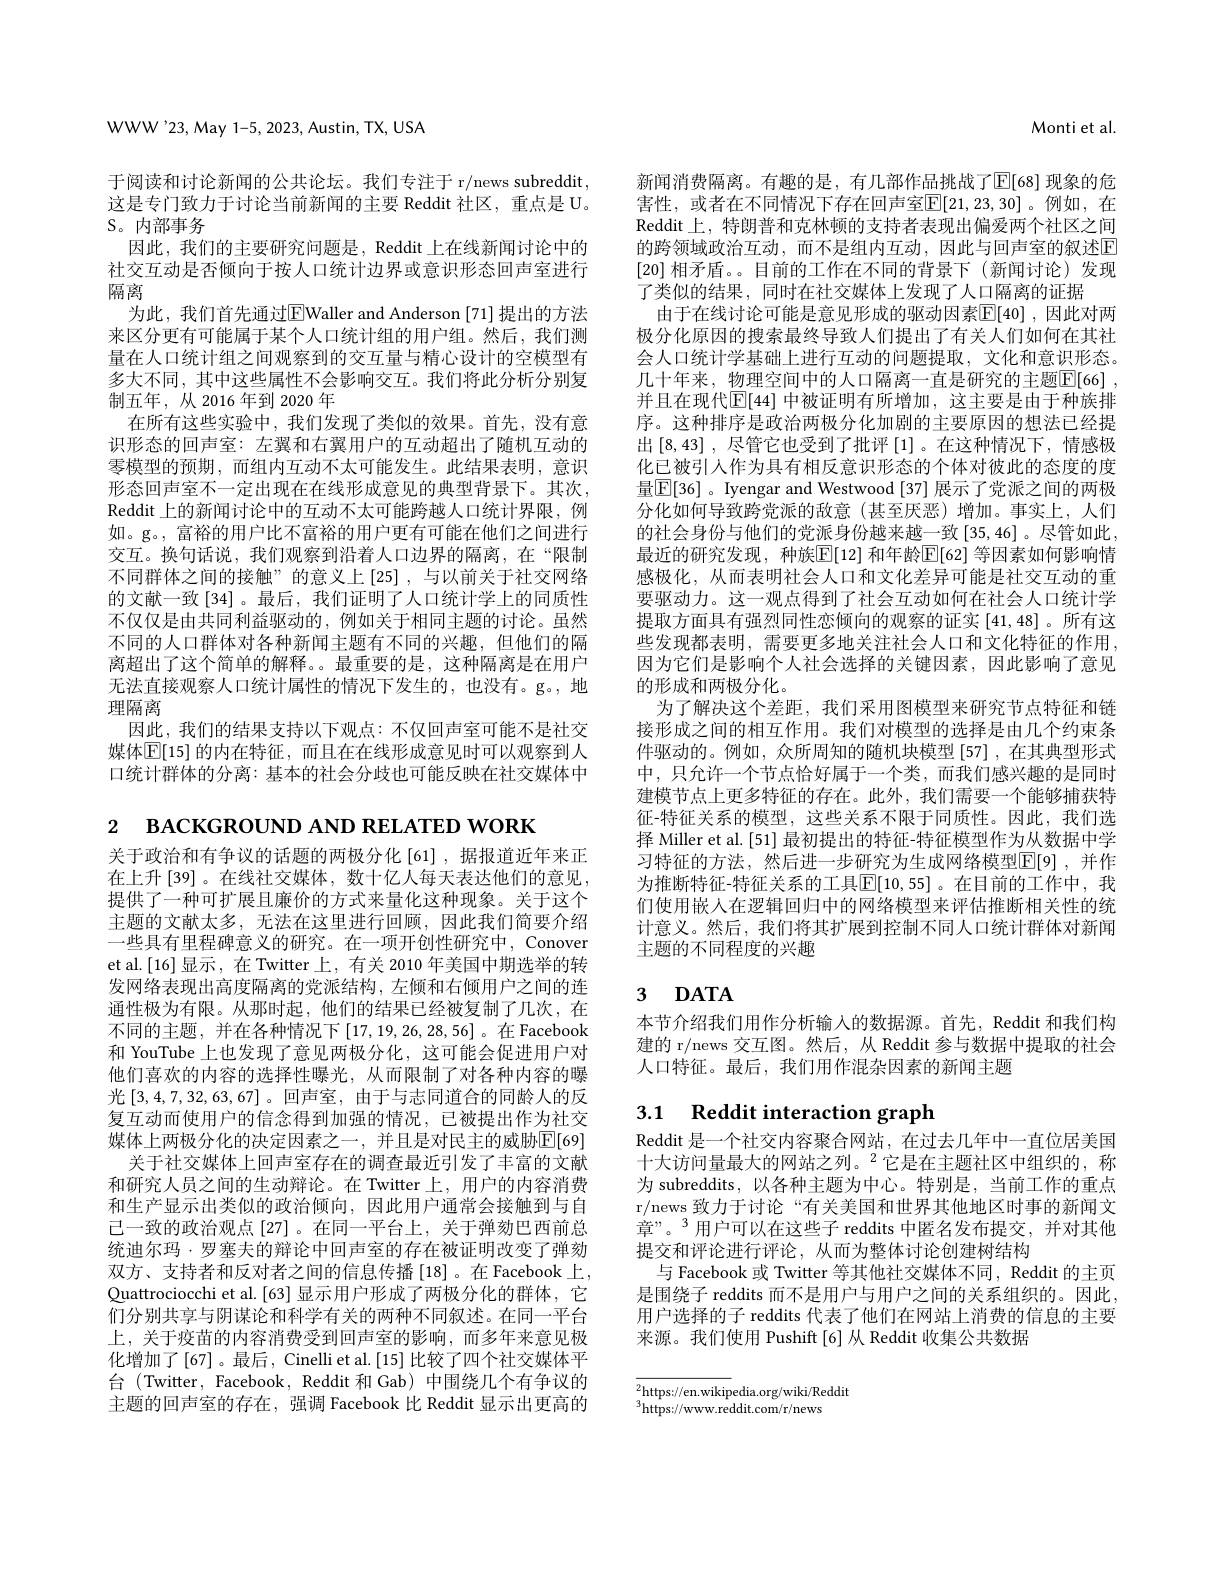
WWW'23,May 1-5, 2023, Austin, TX, USA

于阅读和讨论新闻的公共论坛。我们专注于 r/news subreddit, 这是专门致力于讨论当前新闻的主要 Reddit 社区，重点是 U。

## $S。内部事务$

因此，我们的主要研究问题是，Reddit 上在线新闻讨论中的社交互动是否倾向于按人口统计边界或意识形态回声室进行隔离
为此，我们首先通过$\overline{\mathrm{E}}$Waller and Anderson [71] 提出的方法来区分更有可能属于某个人口统计组的用户组。然后，我们测量在人口统计组之间观察到的交互量与精心设计的空模型有多大不同，其中这些属性不会影响交互。我们将此分析分别复制五年，从2016年到 2020 年
在所有这些实验中，我们发现了类似的效果。首先，没有意识形态的回声室：左翼和右翼用户的互动超出了随机互动的零模型的预期，而组内互动不太可能发生。此结果表明，意识形态回声室不一定出现在在线形成意见的典型背景下。其次， Reddit 上的新闻讨论中的互动不太可能跨越人口统计界限，例如。g。, 富裕的用户比不富裕的用户更有可能在他们之间进行交互。换句话说，我们观察到沿着人口边界的隔离，在“限制不同群体之间的接触”的意义上[25],与以前关于社交网络的文献一致[34]。最后，我们证明了人口统计学上的同质性不仅仅是由共同利益驱动的，例如关于相同主题的讨论。虽然不同的人口群体对各种新闻主题有不同的兴趣，但他们的隔离超出了这个简单的解释。。最重要的是，这种隔离是在用户无法直接观察人口统计属性的情况下发生的，也没有。g。,地理隔离
因此，我们的结果支持以下观点：不仅回声室可能不是社交媒体$\overline{\mathbb{E}}[15]$ 的内在特征，而且在在线形成意见时可以观察到人口统计群体的分离：基本的社会分歧也可能反映在社交媒体中

Monti et al.

新闻消费隔离。有趣的是，有几部作品挑战了$\operatorname{E}[68]$ 现象的危害性，或者在不同情况下存在回声室$\overline{\mathbb{E}}[21,23,30]$。例如，在Reddit上，特朗普和克林顿的支持者表现出偏爱两个社区之间的跨领域政治互动，而不是组内互动，因此与回声室的叙述$\mathbb{E}$ [20]相矛盾。。目前的工作在不同的背景下(新闻讨论)发现了类似的结果，同时在社交媒体上发现了人口隔离的证据
由于在线讨论可能是意见形成的驱动因素$\boxed{\mathbb{E}}[40]$ ,因此对两极分化原因的搜索最终导致人们提出了有关人们如何在其社会人口统计学基础上进行互动的问题提取，文化和意识形态。几十年来，物理空间中的人口隔离一直是研究的主题$\overline {\mathbb{F} }[ 66]$ , 并且在现代$\mathbb{E}[44]$ 中被证明有所增加，这主要是由于种族排序。这种排序是政治两极分化加剧的主要原因的想法已经提出$\left[8,43\right]$,尽管它也受到了批评$\left[1\right]$。在这种情况下，情感极化已被引人作为具有相反意识形态的个体对彼此的态度的度量$\boxed{\mathbb{E}}[36]$ 。Iyengar and Westwood [37] 展示了党派之间的两极分化如何导致跨党派的敌意(甚至厌恶)增加。事实上，人们的社会身份与他们的党派身份越来越一致[35,46]。尽管如此， 最近的研究发现，种族$\boxed{\mathbb{E}}[12]$ 和年龄$\boxed{\mathbb{E}}[62]$ 等因素如何影响情感极化，从而表明社会人口和文化差异可能是社交互动的重要驱动力。这一观点得到了社会互动如何在社会人口统计学提取方面具有强烈同性恋倾向的观察的证实[41,48] 。所有这些发现都表明，需要更多地关注社会人口和文化特征的作用， 因为它们是影响个人社会选择的关键因素，因此影响了意见的形成和两极分化。
为了解决这个差距，我们采用图模型来研究节点特征和链接形成之间的相互作用。我们对模型的选择是由几个约束条件驱动的。例如，众所周知的随机块模型[57],在其典型形式中，只允许一个节点恰好属于一个类，而我们感兴趣的是同时建模节点上更多特征的存在。此外，我们需要一个能够捕获特征-特征关系的模型，这些关系不限于同质性。因此，我们选择 Miller et al. [51] 最初提出的特征-特征模型作为从数据中学习特征的方法，然后进一步研究为生成网络模型$\mathbb{E}[9]$ ,并作为推断特征-特征关系的工具$\mathbb{E}[10,55]$。在目前的工作中，我们使用嵌人在逻辑回归中的网络模型来评估推断相关性的统计意义。然后，我们将其扩展到控制不同人口统计群体对新闻主题的不同程度的兴趣

# 3 $\mathbf{DATA}$

本节介绍我们用作分析输入的数据源。首先，Reddit 和我们构建的 r/news 交互图。然后，从 Reddit 参与数据中提取的社会人口特征。最后，我们用作混杂因素的新闻主题

## 3.1 Reddit interaction graph

Reddit 是一个社交内容聚合网站，在过去几年中一直位居美国十大访问量最大的网站之列。$^{2}$它是在主题社区中组织的，称为 subreddits, 以各种主题为中心。特别是，当前工作的重点r/news 致力于讨论“有关美国和世界其他地区时事的新闻文章”。3 用户可以在这些子 reddits 中匿名发布提交，并对其他提交和评论进行评论，从而为整体讨论创建树结构
与 Facebook 或 Twitter 等其他社交媒体不同 , Reddit 的主页是围绕子 reddits 而不是用户与用户之间的关系组织的。因此， 用户选择的子 reddits 代表了他们在网站上消费的信息的主要来源。我们使用 Pushift[6] 从 Reddit 收集公共数据

$\overline{{^2\text{https://en.wikip}}}$edia.org/wiki/Reddit
$^3$https://www.reddit.com/r/news

2 вАСКGROUND AND RELATED WORK
关于政治和有争议的话题的两极分化[61],据报道近年来正在上升[39]。在线社交媒体，数十亿人每天表达他们的意见， 提供了一种可扩展且廉价的方式来量化这种现象。关于这个主题的文献太多，无法在这里进行回顾，因此我们简要介绍一些具有里程碑意义的研究。在一项开创性研究中，Conover et al.[16]显示，在 Twitter上，有关 2010 年美国中期选举的转发网络表现出高度隔离的党派结构，左倾和右倾用户之间的连通性极为有限。从那时起，他们的结果已经被复制了几次，在不同的主题，并在各种情况下[17,19,26,28,56]。在 Facebook 和 YouTube 上也发现了意见两极分化，这可能会促进用户对他们喜欢的内容的选择性曝光，从而限制了对各种内容的曝光[3,4,7,32,63,67]。回声室，由于与志同道合的同龄人的反复互动而使用户的信念得到加强的情况，已被提出作为社交媒体上两极分化的决定因素之一，并且是对民主的威胁$\mathbb{E}[69]$
关于社交媒体上回声室存在的调查最近引发了丰富的文献和研究人员之间的生动辩论。在 Twitter 上，用户的内容消费和生产显示出类似的政治倾向，因此用户通常会接触到与自已一致的政治观点[27]。在同一平台上，关于弹劾巴西前总统迪尔玛·罗塞夫的辩论中回声室的存在被证明改变了弹劾双方、支持者和反对者之间的信息传播[18]。在 Facebook 上， Quattrociocchi et al.[63] 显示用户形成了两极分化的群体，它们分别共享与阴谋论和科学有关的两种不同叙述。在同一平台上，关于疫苗的内容消费受到回声室的影响，而多年来意见极化增加了[67]。最后，Cinelli et al.[15] 比较了四个社交媒体平台 (Twitter, Facebook, Reddit 和 Gab) 中围绕几个有争议的主题的回声室的存在，强调 Facebook 比 Reddit 显示出更高的